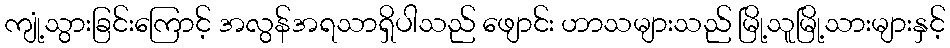
ကျုံ့သွားခြင်းကြောင့် အလွန်အရသာရှိပါသည် ဖျောင်း ဟာသများသည် မြို့သူမြို့သားများနှင့်